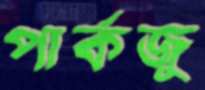
পার্কজু